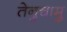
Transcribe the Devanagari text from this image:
तेनुचामु